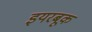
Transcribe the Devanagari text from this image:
इयरबूक